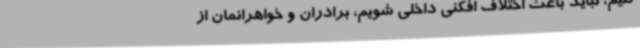
کنیم، نباید باعث اختلاف افکنی داخلی شویم، برادران و خواهرانمان از